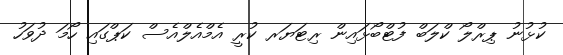
ކުޅުނު ޕިރްލޯ ކްލަބް ފުޓްބޯޅައިން ރިޓަޔަރ ކުރީ އެމްއެލްއެސް ކަޕްގައި ހޯމަ ދުވަހު